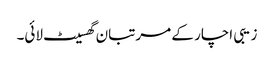
زیبی اچار کے مرتبان گھسیٹ لائی۔